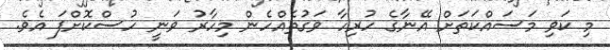
މި ކަވި މަސައްކަތަށް އޭނާގެ ހުރިހާ ވަގުތެއްހެން މިހާރު ވަނީ ހުސްކޮށްފަ އެވެ.